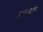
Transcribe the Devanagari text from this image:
लालासाहेब